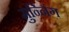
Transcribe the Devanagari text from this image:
मुन्निंग